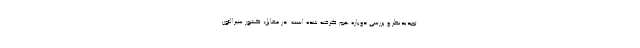
تجدیدنظر و بررسی دوباره هم گرفته شده است. در مقابل، کشور سیرالئون